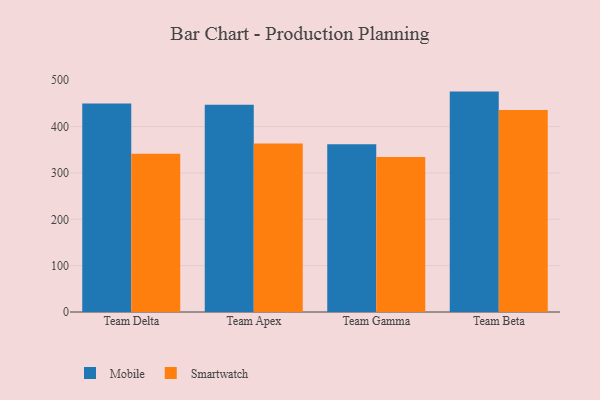
{"axis": {"x": "Team", "y": "Demand Index"}, "legend": ["Mobile", "Smartwatch"], "data": [{"x": "Team Delta", "y": 449.7, "type": "Mobile"}, {"x": "Team Delta", "y": 341.2, "type": "Smartwatch"}, {"x": "Team Apex", "y": 446.9, "type": "Mobile"}, {"x": "Team Apex", "y": 363.5, "type": "Smartwatch"}, {"x": "Team Gamma", "y": 361.7, "type": "Mobile"}, {"x": "Team Gamma", "y": 334.5, "type": "Smartwatch"}, {"x": "Team Beta", "y": 475.5, "type": "Mobile"}, {"x": "Team Beta", "y": 435.7, "type": "Smartwatch"}]}